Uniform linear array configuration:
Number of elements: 32
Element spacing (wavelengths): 0.5
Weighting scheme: binomial
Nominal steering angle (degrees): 0
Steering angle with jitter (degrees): -1.982
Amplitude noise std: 0.05
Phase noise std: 0.05

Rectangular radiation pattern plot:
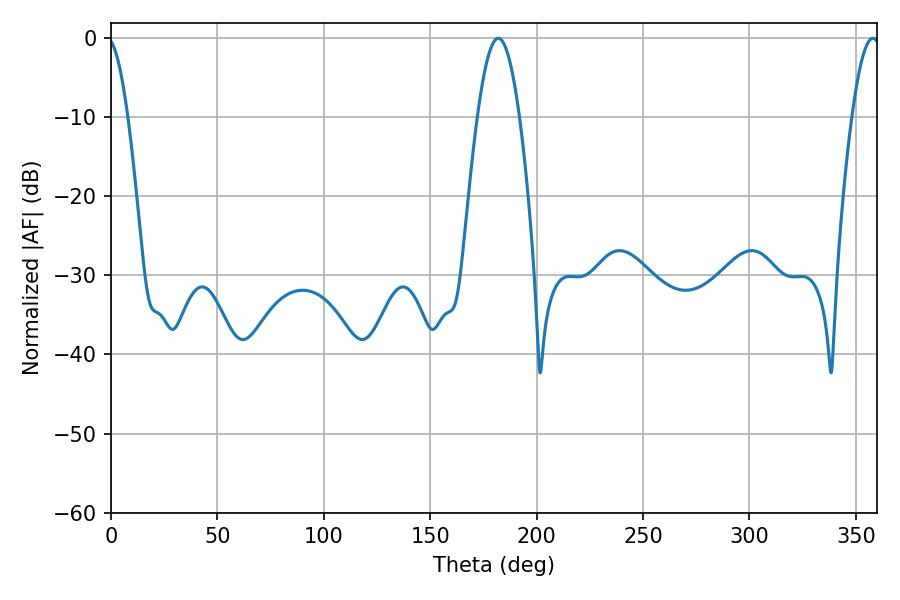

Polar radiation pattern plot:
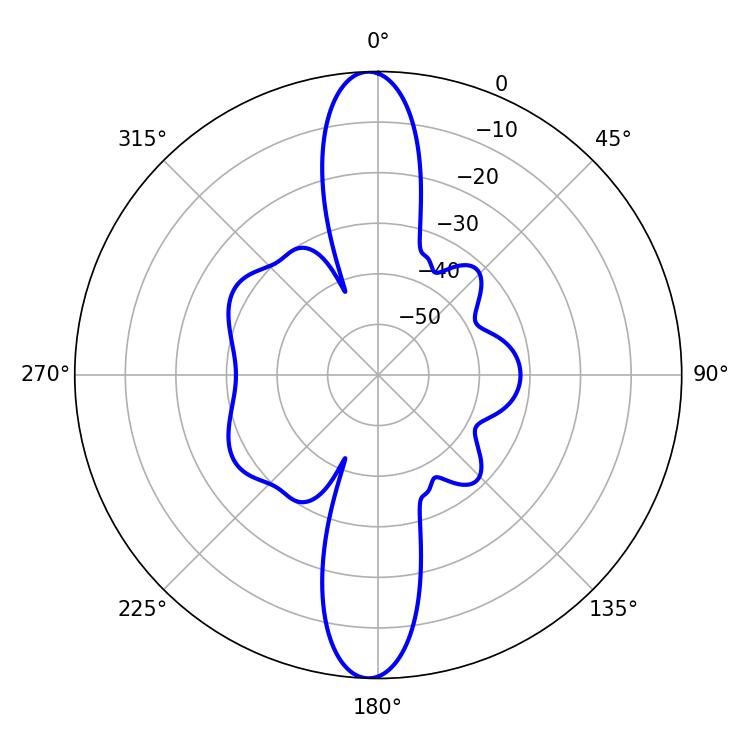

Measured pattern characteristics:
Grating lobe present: FALSE
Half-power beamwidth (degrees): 10.8
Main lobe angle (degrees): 181.98